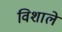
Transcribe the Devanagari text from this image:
विशाले